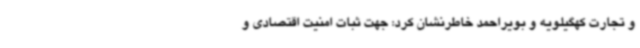
و تجارت کهگیلویه و بویراحمد خاطرنشان کرد: جهت ثبات امنیت اقتصادی و